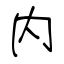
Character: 内